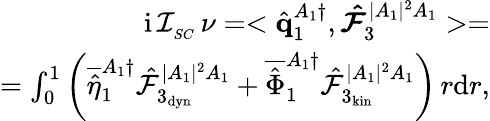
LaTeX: \begin{array}{r}{\mathrm{i}\, \mathcal{I}_{_{SC}}\, \nu=<\hat{\mathbf{q}}_{1}^{A_{1}\dagger},\boldsymbol{\hat{\mathcal{F}}}_{3}^{|A_{1}|^{2}A_{1}}>=}\\ {=\int_{0}^{1}\left(\overline{{\hat{\eta}}}_{1}^{A_{1}\dagger}\hat{\mathcal{F}}_{3_{\mathrm{dyn}}}^{|A_{1}|^{2}A_{1}}+\overline{{\hat{\Phi}}}_{1}^{A_{1}\dagger}\hat{\mathcal{F}}_{3_{\mathrm{kin}}}^{|A_{1}|^{2}A_{1}}\right)\, r\mathrm{d}r,}\end{array}